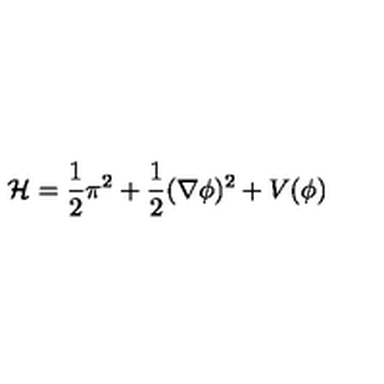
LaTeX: { \cal H } = \frac { 1 } { 2 } \pi ^ { 2 } + \frac { 1 } { 2 } ( \nabla \phi ) ^ { 2 } + V ( \phi )